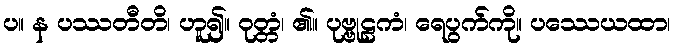
ပ။ န ပဿတီတိ၊ ဟူ၍။ ဝုတ္တံ၊ ၏။ ပုဗ္ဗုဠကံ၊ ရေပွက်ကို။ ပဿေယထာ၊